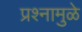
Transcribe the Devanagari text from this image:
प्रश्नामुळे